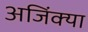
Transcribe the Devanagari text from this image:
अजिंक्या